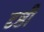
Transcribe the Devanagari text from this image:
दृष्ठी